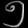
Digit: ၅